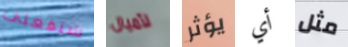
ستفعلى لأميال يؤثر أي مثل